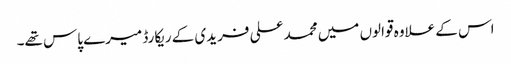
اس کے علاوہ قوالوں میں محمد علی فریدی کے ریکارڈ میرے پاس تھے۔